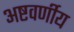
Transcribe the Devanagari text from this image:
अष्टवर्णीय